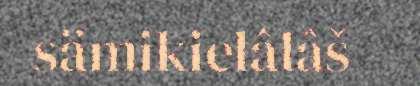
sämikielâlâš